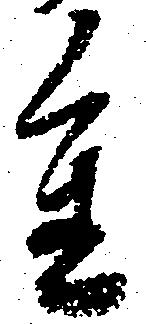
重